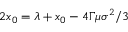
2 x _ { 0 } = \lambda + x _ { 0 } - 4 \Gamma \mu \sigma ^ { 2 } / 3